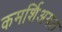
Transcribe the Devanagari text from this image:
कमर्शिअयल